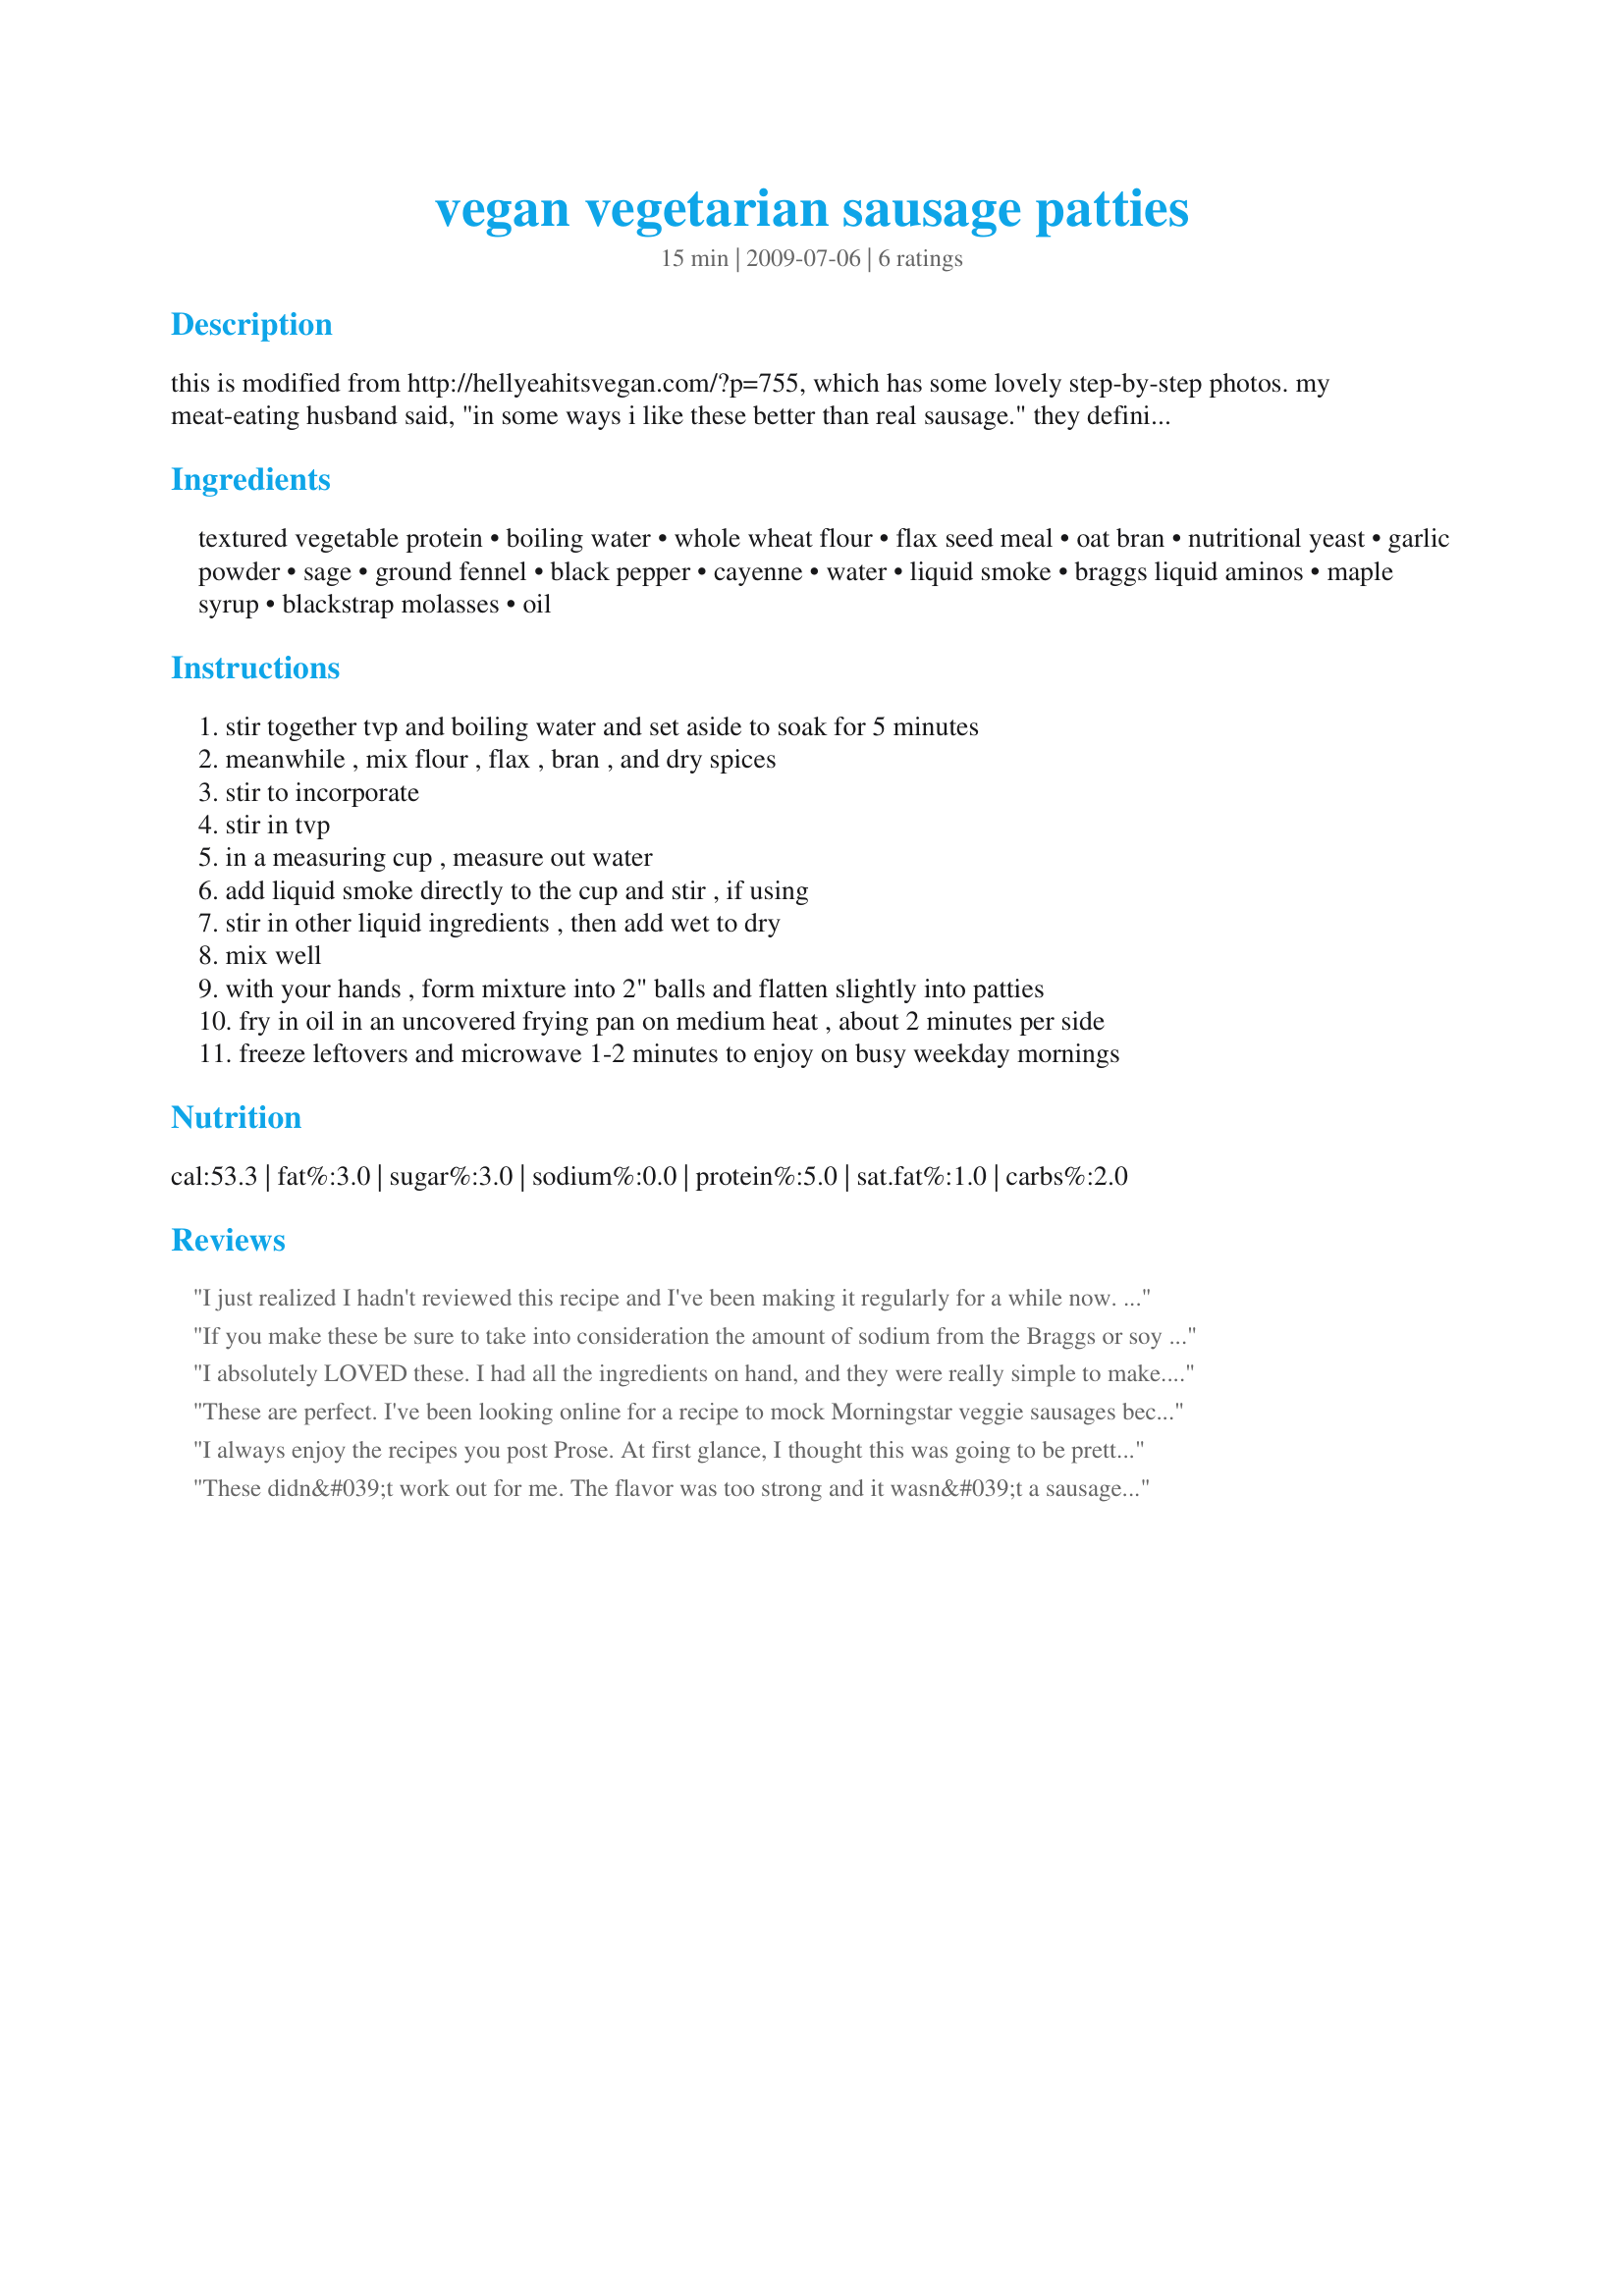
vegan vegetarian sausage patties
Preparation time: 15 minutes

this is modified from http://hellyeahitsvegan.com/?p=755, which has some lovely step-by-step photos. my meat-eating husband said, "in some ways i like these better than real sausage." they definitely wouldn't fool anybody, but they will satisfy any craving you may have for breakfast sausage without harming pigs or raising your cholesterol, and they taste much, much better than any vegetarian sausages you can buy in the freezer of your health food store. enjoy with hash browns, fruit and recipe #364735 for a vegan breakfast feast! you might want to double the recipe, though.

Ingredients:
textured vegetable protein, boiling water, whole wheat flour, flax seed meal, oat bran, nutritional yeast, garlic powder, sage, ground fennel, black pepper, cayenne, water, liquid smoke, braggs liquid aminos, maple syrup, blackstrap molasses, oil

Steps:
stir together tvp and boiling water and set aside to soak for 5 minutes, meanwhile , mix flour , flax , bran , and dry spices, stir to incorporate, stir in tvp, in a measuring cup , measure out water, add liquid smoke directly to the cup and stir , if using, stir in other liquid ingredients , then add wet to dry, mix well, with your hands , form mixture into 2" balls and flatten slightly into patties, fry in oil in an uncovered frying pan on medium heat , about 2 minutes per side, freeze leftovers and microwave 1-2 minutes to enjoy on busy weekday mornings

Reviews:
I just realized I hadn't reviewed this recipe and I've been making it regularly for a while now. It's quick and easy and everyone likes it! Definitely a winner.
If you make these be sure to take into consideration the amount of sodium from the Braggs or soy sauce. With Braggs, if you make 5 patties each one contains 576 mg. sodium. Six patties contain 480 mg. sodium each. I love salt but these tasted fairly salty to me. I will experiment next time with less Braggs. These were easy to mix up, they held together well and didn't crumble, and browned nicely. Flavor is very nice. My only complaint is the texture inside, which is a tad on the mushy side, but the crispy outsides compensated for that quite a bit. All in all this is a great alternative to meat sausage and I'll make this recipe again, doubling it next time and using less Braggs. Thanks for the nice recipe.
 ....Prose has corrected my notoriously bad math! If you make 6 patties, each will contain 160 mg. sodium. Sorry about that!
I absolutely LOVED these. I had all the ingredients on hand, and they were really simple to make. I did make them the afternoon before, portion them out into 2" balls and refrigerated them until the next morning. I followed the recipe exactly, except for the fennel seed (don't have that on hand) black pepper & cayenne. Instead, I used about 1 tsp of the Penzey's Breakfast Sausage spice blend. I read the other reviews and decided to cook the patties for maybe 3-4 minutes on each side. They browned nicely, and the centers were not mushy at all. I will say I am VERY excited to have found this recipe. I've had the "tube" of vegetarian sausage that they sell in the stores (Gimme Lean??) and we think it's pretty awful, tasted like SOAP! This will be on the brunch menu from now on!!
These are perfect. I've been looking online for a recipe to mock Morningstar veggie sausages because they are so darn expensive. I love them, but they are also filled with some garbage ingredients. I altered this recipe by using a sausage spice mixture from the website, but otherwise I made them like the recipe. Delicious! Thanks!
I always enjoy the recipes you post Prose. At first glance, I thought this was going to be pretty involved, so I was suprised when I got down to it to find out just how easy it is. I thought the flavours were spot on, and needed nearly all the 3 tbsp of the braggs (I left out maybe 1 tsp), so the taste is fab. I had some problems with the consistency...I couldn't get it to hold together, it was still quite runny. In the end I added about 4 more tbsp of flour and about the same amount of quick oats. I had an interuption in the middle of making these and learnt that the batter/dough is much easier to work with if you can leave it to sit for a while. I also found that if you eat them straight out of the pan, they are quite gooey inside, but if you can leave them for a while and reheat or just eat warm, they have a chance to 'set', greatly improving the texture. I also liked to really flatten them out in the frying pan. So maybe this is just one of those recipes you have to play around with a bit to get to your liking. I'm sure I'll be calling on this recipe a lot in future - this batch won't last long. Thanks for another great one Prose! Made for Veg Swap Feb10.
These didn&#039;t work out for me. The flavor was too strong and it wasn&#039;t a sausage type flavor to me. I like the look of these and will tinker with the base, but change the seasoning to make it taste the way I would like. I&#039;m really glad I tried these, they were fun to make. Thanks for sharing the recipe.
